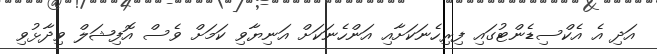
އަދި އެ އެކްސިޑެންޓުގައި ފިރިހެނަކަށާއި އަންހެނަކަށް އަނިޔާވި ކަމަށް ވެސް އޮފިޝަލް ވިދާޅުވި